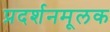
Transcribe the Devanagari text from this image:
प्रदर्शनमूलक